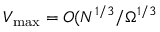
V _ { \mathrm { m a x } } = { \cal O } ( N ^ { 1 / 3 } / \Omega ^ { 1 / 3 }